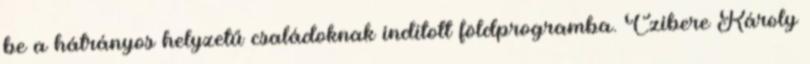
be a hátrányos helyzetű családoknak indított földprogramba. Czibere Károly